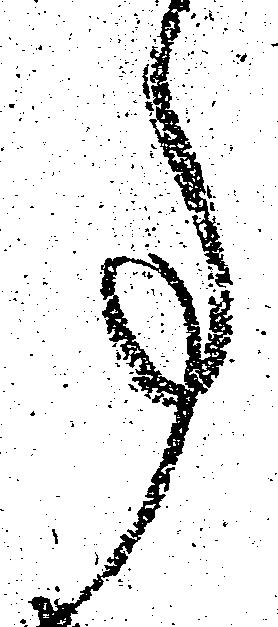
事